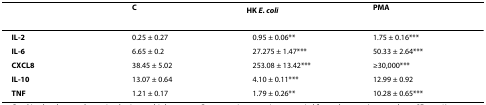
|  | C | HK E. coli | PMA |
 | --- | --- | --- | --- |
 | IL-2 | 0.25 ± 0.27 | 0.95 ± 0.06** | 1.75 ± 0.16*** |
 | IL-6 | 6.65 ± 0.2 | 27.275 ± 1.47*** | 50.33 ± 2.64*** |
 | CXCL8 | 38.45 ± 5.02 | 253.08 ± 13.42*** | ≥30,000*** |
 | IL-10 | 13.07 ± 0.64 | 4.10 ± 0.11*** | 12.99 ± 0.92 |
 | TNF | 1.21 ± 0.17 | 1.79 ± 0.26** | 10.28 ± 0.65*** |